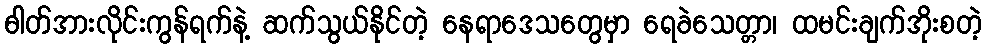
ဓါတ်အားလိုင်းကွန်ရက်နဲ့ ဆက်သွယ်နိုင်တဲ့ နေရာဒေသတွေမှာ ရေခဲသေတ္တာ၊ ထမင်းချက်အိုးစတဲ့